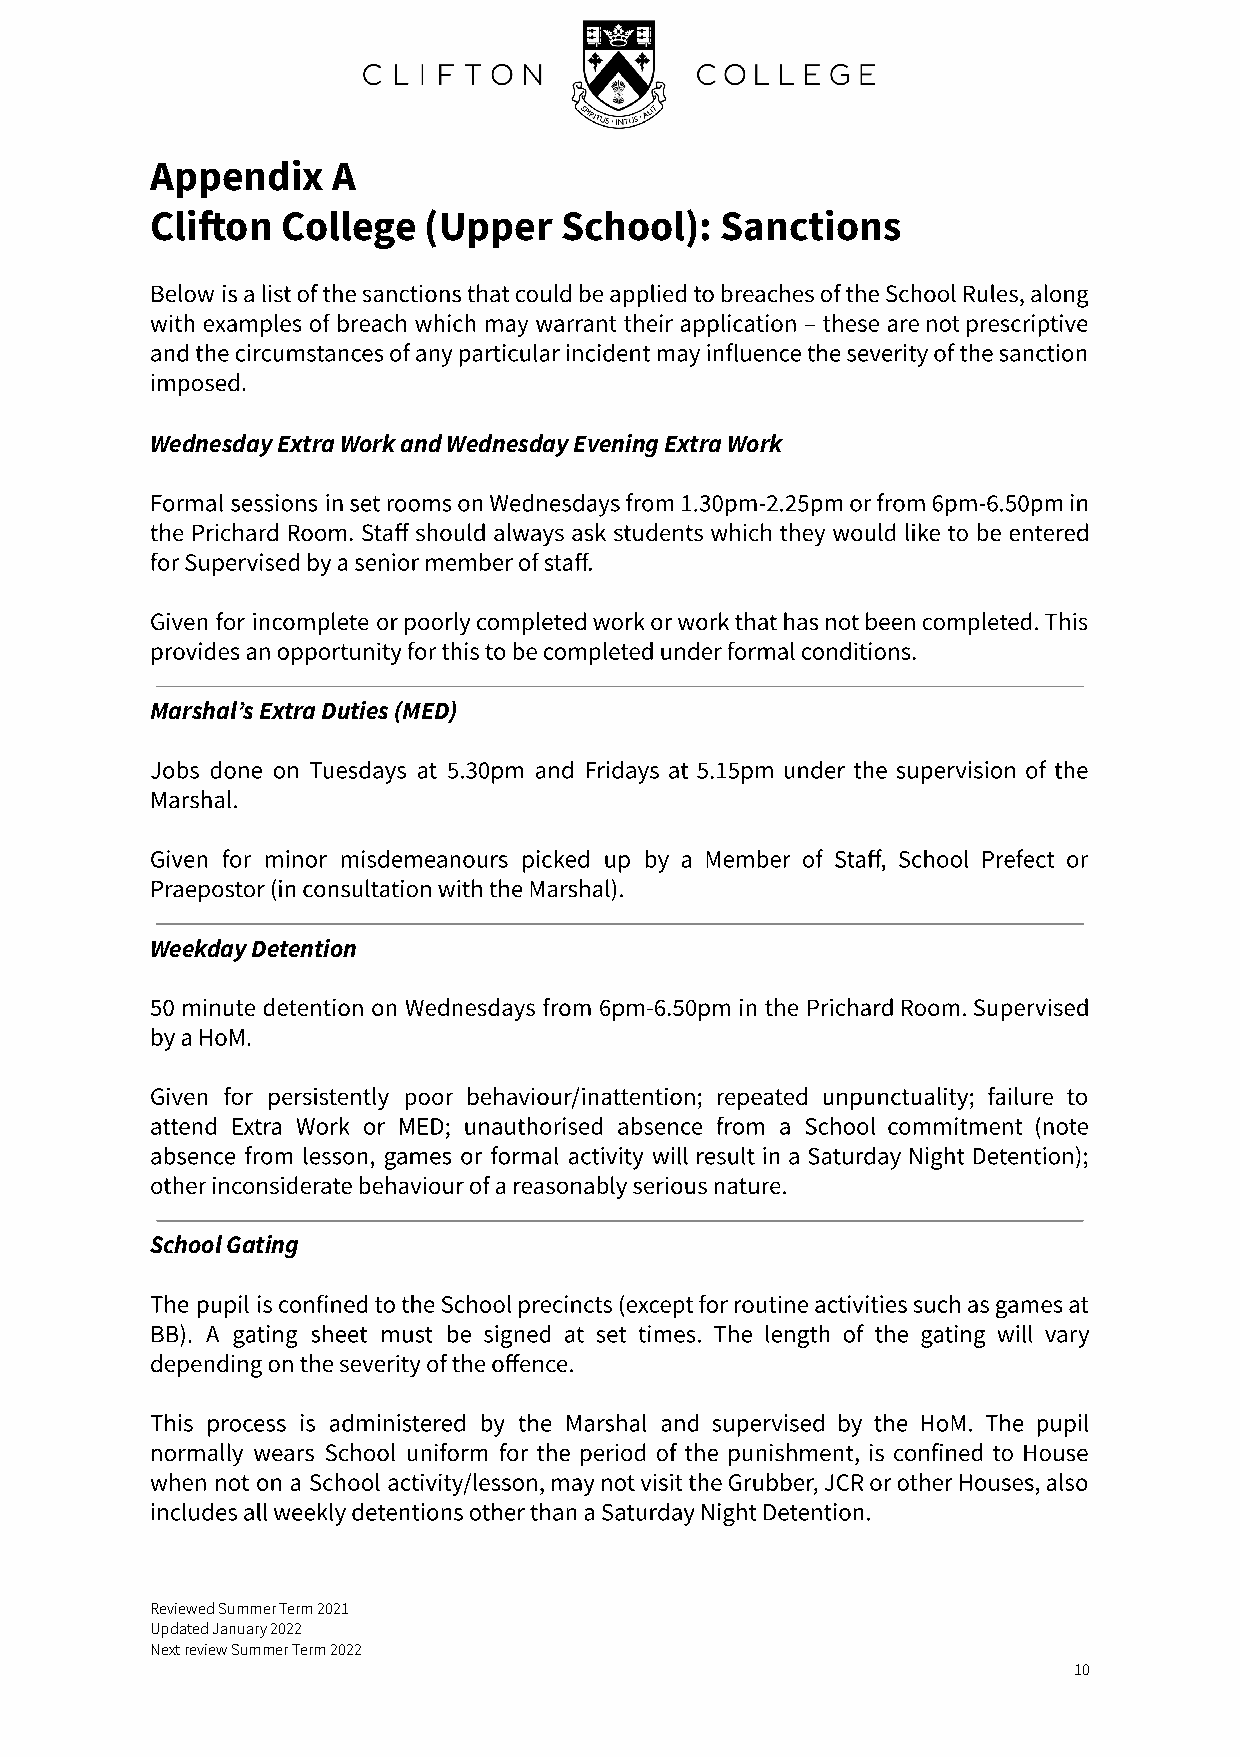
Appendix    A
 Clion   College  (Upper   School):   Sanctions
 Below is a list of the sanctions that could be applied to breaches of the School Rules, along
 with examples of breach which may warrant their application – these are not prescriptive
 and the circumstances of any particular incident may influence the severity of the sanction
 imposed.
 Wednesday Extra Work and Wednesday Evening Extra Work
 Formal sessions in set rooms on Wednesdays from 1.30pm-2.25pm or from 6pm-6.50pm in
 the Prichard Room. Staff should always ask students which they would like to be entered
 for Supervised by a senior member of staff.
 Given for incomplete or poorly completed work or work that has not been completed. This
 provides an opportunity for this to be completed under formal conditions.
 Marshal’s Extra Duties (MED)
 Jobs done on Tuesdays at 5.30pm and Fridays at 5.15pm under the supervision of the
 Marshal.
 Given for minor misdemeanours picked up by a Member of Staff, School Prefect or
 Praepostor (in consultation with the Marshal).
 Weekday Detention
 50 minute detention on Wednesdays from 6pm-6.50pm in the Prichard Room. Supervised
 by a HoM.
 Given for persistently poor behaviour/inattention; repeated unpunctuality; failure to
 attend Extra Work or MED; unauthorised absence from a School commitment (note
 absence from lesson, games or formal activity will result in a Saturday Night Detention);
 other inconsiderate behaviour of a reasonably serious nature.
 School Gating
 The pupil is confined to the School precincts (except for routine activities such as games at
 BB). A gating sheet must be signed at set times. The length of the gating will vary
 depending on the severity of the offence.
 This process is administered by the Marshal and supervised by the HoM. The pupil
 normally wears School uniform for the period of the punishment, is confined to House
 when not on a School activity/lesson, may not visit the Grubber, JCR or other Houses, also
 includes all weekly detentions other than a Saturday Night Detention.
 Reviewed Summer Term 2021
 Updated January 2022
 Next review Summer Term 2022
 10